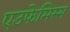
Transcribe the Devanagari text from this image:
एउफेमिस्म